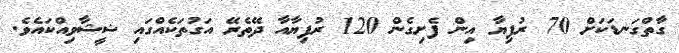
ގާތްގަނޑަކަށް 70 ރުފިޔާ އިން ފެށިގެން 120 ރުފިޔާއާ ދޭތެރޭ އަގުތަކެއްގައި ޝީޝާވިއްކައެވެ.